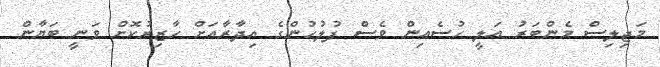
މަޖިލިސް މެންބަރު އަލީ ހުސެއިން ވެސް ފުލުހުންގެ އިދާރާއަށް ހާޒިރުކޮށް ވަނީ ބަޔާން